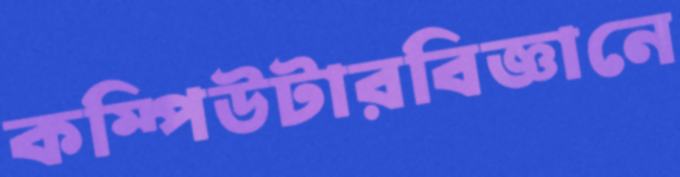
কম্পিউটারবিজ্ঞানে